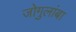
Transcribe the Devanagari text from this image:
जोगुलांबा